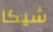
شيكا